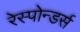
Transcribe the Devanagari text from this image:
रेस्पोन्डर्स